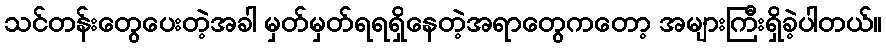
သင်တန်းတွေပေးတဲ့အခါ မှတ်မှတ်ရရရှိနေတဲ့အရာတွေကတော့ အများကြီးရှိခဲ့ပါတယ်။